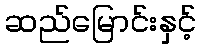
ဆည်မြောင်းနှင့်